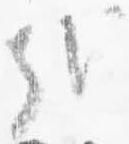
哉